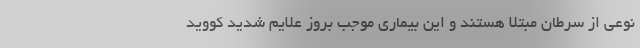
نوعی از سرطان مبتلا هستند و این بیماری موجب بروز علایم شدید کووید